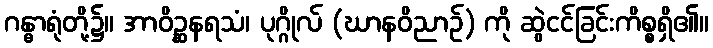
ဂန္ဓာရုံတို့၌။ အာဝိဉ္ဆနရသံ၊ ပုဂ္ဂိုလ် (ဃာနဝိညာဉ်) ကို ဆွဲငင်ခြင်းကိစ္စရှိ၏။